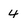
Character: 4